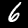
Label: 6